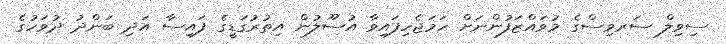
ސިވިލް ސަރވިސްގެ މުވައްޒަފުންނަށް ހަމަޖެހިފައިވާ އުސޫލުން އިތުރުގަޑީގެ ފައިސާ އަދި ބަންދު ދުވަހުގެ